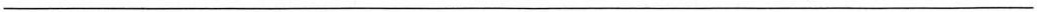
____________